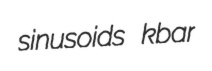
sinusoids kbar